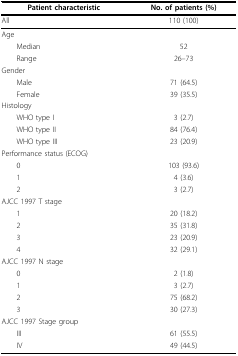
<table><thead><tr><td><b>Patient characteristic</b></td><td><b>No. of patients (%)</b></td></tr></thead><tbody><tr><td>All</td><td>110 (100)</td></tr><tr><td>Age</td><td></td></tr><tr><td> Median</td><td>52</td></tr><tr><td> Range</td><td>26--73</td></tr><tr><td>Gender</td><td></td></tr><tr><td> Male</td><td>71 (64.5)</td></tr><tr><td> Female</td><td>39 (35.5)</td></tr><tr><td>Histology</td><td></td></tr><tr><td> WHO type I</td><td>3 (2.7)</td></tr><tr><td> WHO type II</td><td>84 (76.4)</td></tr><tr><td> WHO type III</td><td>23 (20.9)</td></tr><tr><td>Performance status (ECOG)</td><td></td></tr><tr><td> 0</td><td>103 (93.6)</td></tr><tr><td> 1</td><td>4 (3.6)</td></tr><tr><td> 2</td><td>3 (2.7)</td></tr><tr><td>AJCC 1997 T stage</td><td></td></tr><tr><td> 1</td><td>20 (18.2)</td></tr><tr><td> 2</td><td>35 (31.8)</td></tr><tr><td> 3</td><td>23 (20.9)</td></tr><tr><td> 4</td><td>32 (29.1)</td></tr><tr><td>AJCC 1997 N stage</td><td></td></tr><tr><td> 0</td><td>2 (1.8)</td></tr><tr><td> 1</td><td>3 (2.7)</td></tr><tr><td> 2</td><td>75 (68.2)</td></tr><tr><td> 3</td><td>30 (27.3)</td></tr><tr><td>AJCC 1997 Stage group</td><td></td></tr><tr><td> III</td><td>61 (55.5)</td></tr><tr><td> IV</td><td>49 (44.5)</td></tr></tbody></table>